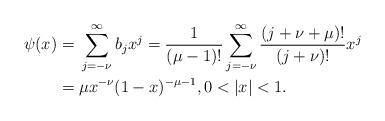
LaTeX: \begin{align*} \psi(x) = {}& \sum_{j=-\nu}^{\infty} b_j x^j = \frac{1}{(\mu-1)!} \sum_{j=-\nu}^{\infty} \frac{(j+\nu+\mu)!}{(j+\nu)!} x^j \\ = {}& \mu x^{-\nu} (1-x)^{-\mu-1}, 0 < |x| < 1. \end{align*}